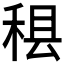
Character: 𮵢